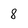
Character: 8